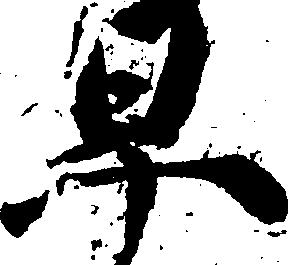
早